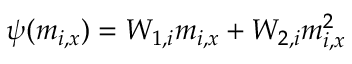
\psi ( m _ { i , x } ) = W _ { 1 , i } m _ { i , x } + W _ { 2 , i } m _ { i , x } ^ { 2 }